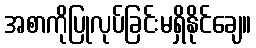
အစာကိုပြုလုပ်ခြင်းမရှိနိုင်ချေ။